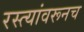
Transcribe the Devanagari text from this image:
रस्त्यांवरूनच